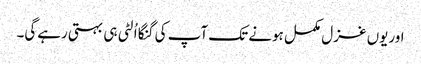
اوریوں غزل مکمل ہونے تک آپ کی گنگا اُلٹی ہی بہتی رہےگی۔